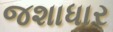
જશાધાર